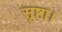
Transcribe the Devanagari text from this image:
सृष्टा।